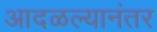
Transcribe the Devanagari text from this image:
आदळल्यानंतर